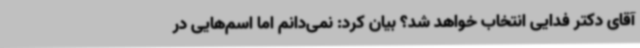
آقای دکتر فدایی انتخاب خواهد شد؟ بیان کرد: نمی‌دانم اما اسم‌هایی در